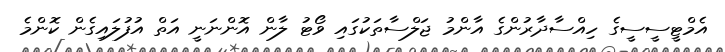
އެމްޓީސީސީގެ ހިއްސާދާރުންގެ އާންމު ޖަލްސާތަކުގައި ވޯޓު ލާން އޮންނަނީ އަތް އުފުލައިގެން ކޮންމެ